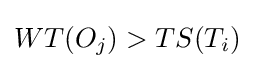
WT(O_{j})>TS(T_{i})